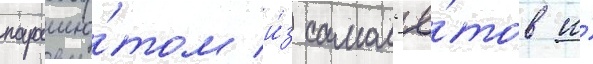
парашю́том и́з самол'ё́тов и́